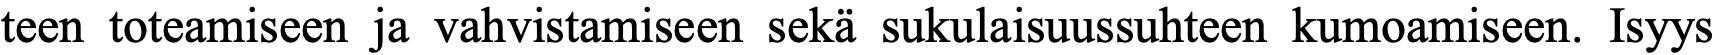
teen toteamiseen ja vahvistamiseen sekä sukulaisuussuhteen kumoamiseen. Isyys